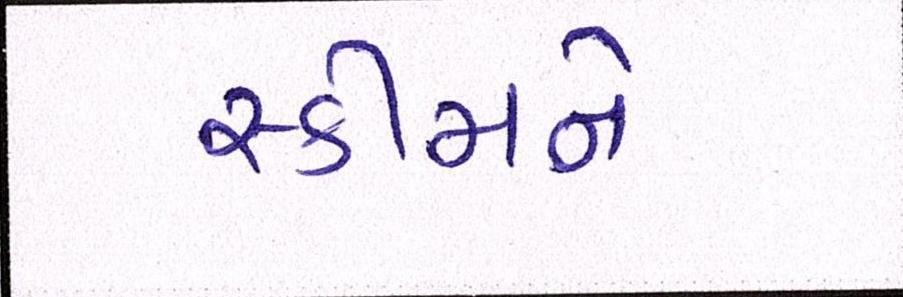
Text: સ્કીમને